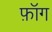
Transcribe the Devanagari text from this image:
फ़ॉग